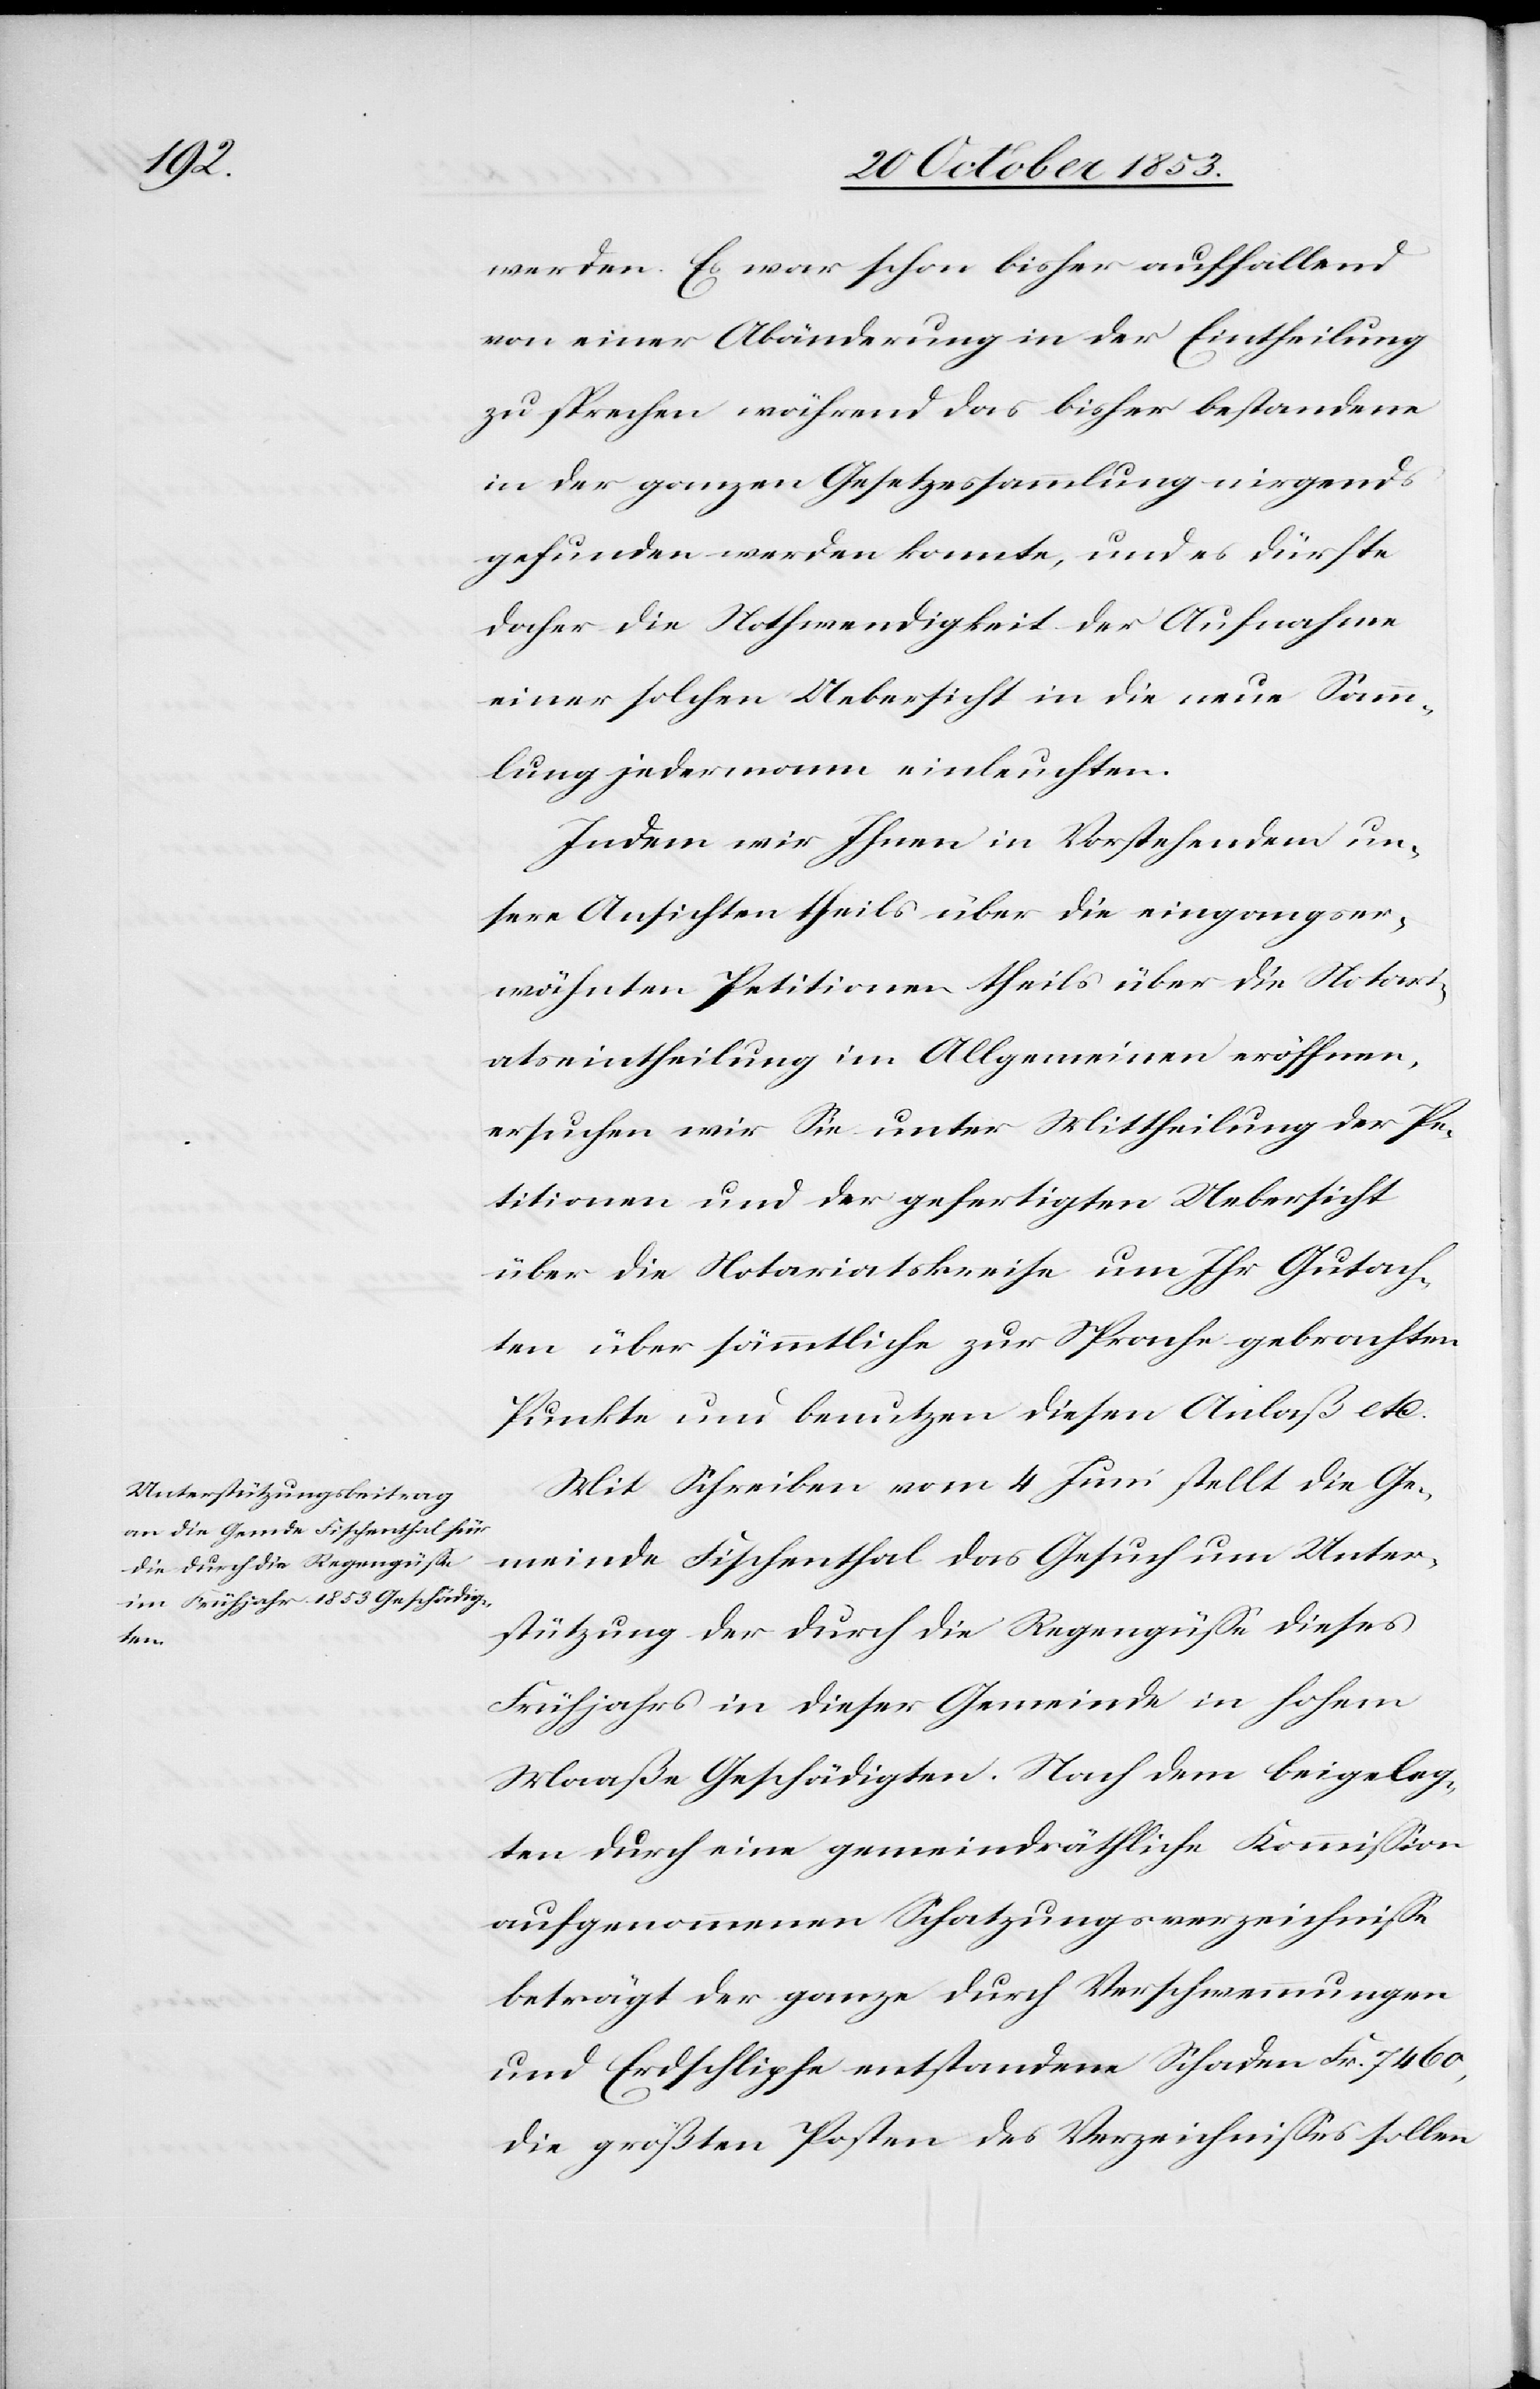
werden. Es war schon bisher auffallend
von einer Abänderung in der Eintheilung
zu sprechen während das bisher bestandene
in der ganzen Gesetzessammlung nirgends
gefunden werden konnte, und es dürfte
daher die Nothwendigkeit der Aufnahme
einer solchen Uebersicht in die neue Samm¬
lung jedermann einleuchten.
Indem wir Ihnen in Vorstehendem un¬
sere Ansichten theils über die eingangser¬
wähnten Petitionen theils über die Notari¬
atseintheilung im Allgemeinen eröffnen,
ersuchen wir Sie unter Mittheilung der Pe¬
titionen und der gefertigten Uebersicht
über die Notariatskreise um Ihr Gutach¬
ten über sämmtliche zur Sprache gebrachten
Punkte und benutzen diesen Anlaß etc.
Mit Schreiben vom 4 Juni stellt die Ge¬
meinde Fischenthal das Gesuch um Unter¬
stützung der durch die Regengüsse dieses
Frühjahrs in dieser Gemeinde in hohem
Maaße Geschädigten. Nach dem beigeleg¬
ten durch eine gemeindräthliche Kommission
aufgenommenen Schatzungsverzeichnisse
beträgt der ganze durch Verschwemmungen
und Erdschlipfe entstandene Schaden Fr. 7460,
die größten Posten des Verzeichnisses sollen